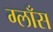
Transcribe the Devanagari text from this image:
ग्लाँस